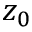
z _ { 0 }